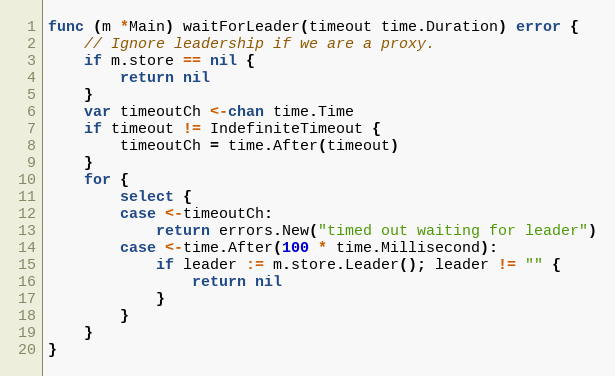
Language: Go
func (m *Main) waitForLeader(timeout time.Duration) error {
	// Ignore leadership if we are a proxy.
	if m.store == nil {
		return nil
	}
	var timeoutCh <-chan time.Time
	if timeout != IndefiniteTimeout {
		timeoutCh = time.After(timeout)
	}
	for {
		select {
		case <-timeoutCh:
			return errors.New("timed out waiting for leader")
		case <-time.After(100 * time.Millisecond):
			if leader := m.store.Leader(); leader != "" {
				return nil
			}
		}
	}
}